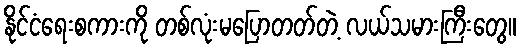
နိုင်ငံရေးစကားကို တစ်လုံးမပြောတတ်တဲ့ လယ်သမားကြီးတွေ။